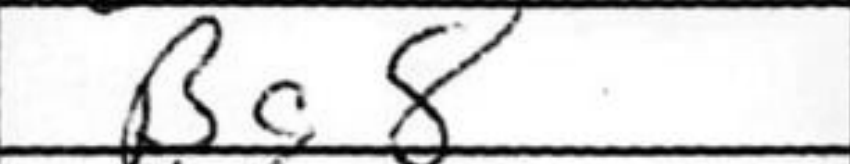
Transcription: Bc8